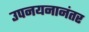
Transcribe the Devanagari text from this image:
उपनयनानंतर